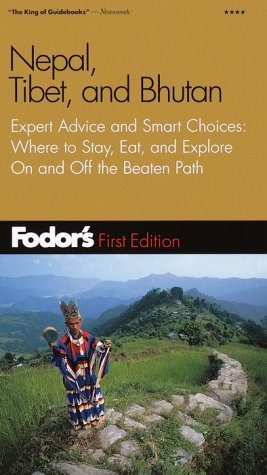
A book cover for Fodor's Nepal, Tibet, and Bhutan, 1st Edition: Expert Advice and Smart Choices: Where to Stay, Eat, and Explore On and Off the Beaten Path (Travel Guide); Fodor's; Travel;